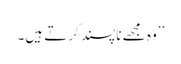
’’وہ مجھے ناپسند کرتے ہیں۔